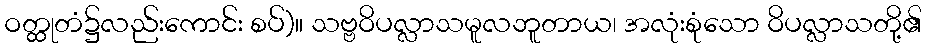
ဝတ္ထုတံ၌လည်းကောင်း စပ်)။ သဗ္ဗဝိပလ္လာသမူလဘူတာယ၊ အလုံးစုံသော ဝိပလ္လာသတို့၏